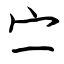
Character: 㝉